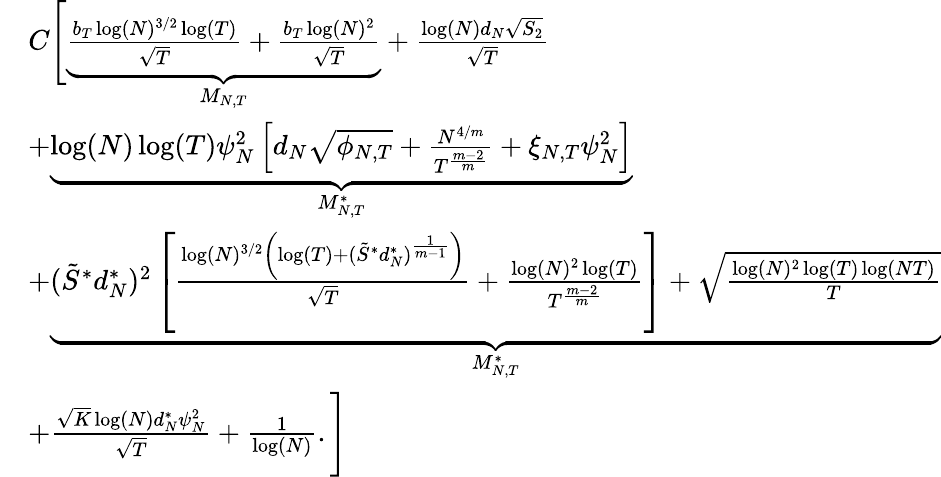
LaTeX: \begin{array}{rl}&{C\Bigg[\underset{{M_{N,T}}}{\underbrace{\frac{b_{T}\log(N)^{3/2}\log(T)}{\sqrt{T}}+\frac{b_{T}\log(N)^{2}}{\sqrt{T}}}}+\frac{\log(N)d_{N}\sqrt{S_{2}}}{\sqrt{T}}}\\ &{+\underset{{M_{N,T}^{*}}}{\underbrace{\log(N)\log(T)\psi_{N}^{2}\left[d_{N}\sqrt{\phi_{N,T}}+\frac{N^{4/m}}{T^{\frac{m-2}{m}}}+\xi_{N,T}\psi_{N}^{2}\right]}}}\\ &{+\underset{{M_{N,T}^{*}}}{\underbrace{(\tilde{S}^{*}d_{N}^{*})^{2}\left[\frac{\log(N)^{3/2}\left(\log(T)+(\tilde{S}^{*}d_{N}^{*})^{\frac{1}{m-1}}\right)}{\sqrt{T}}+\frac{\log(N)^{2}\log(T)}{T^{\frac{m-2}{m}}}\right]+\sqrt{\frac{\log(N)^{2}\log(T)\log(NT)}{T}}}}}\\ &{+\frac{\sqrt{K}\log(N)d_{N}^{*}\psi_{N}^{2}}{\sqrt{T}}+\frac{1}{\log(N)}.\Bigg]}\end{array}